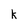
Character: k